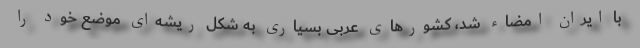
با ایران امضاء شد، کشورهای عربی بسیاری به شکل ریشه‌ای موضع خود را